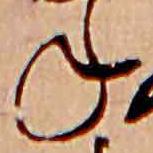
ね